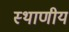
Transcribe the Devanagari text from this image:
स्थाणीय